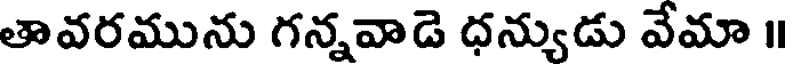
తావరమును గన్నవాడె ధన్యుడు వేమా ॥